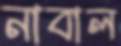
নাবাল